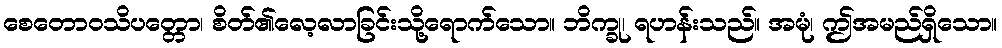
စေတောဝသိပတ္တော၊ စိတ်၏လေ့လာခြင်းသို့ရောက်သော။ ဘိက္ခု၊ ရဟန်းသည်။ အမုံ၊ ဤအမည်ရှိသော။